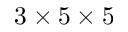
3 \times 5 \times 5